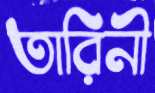
তারিনী